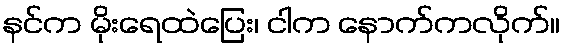
နင်က မိုးရေထဲပြေး၊ ငါက နောက်ကလိုက်။